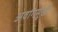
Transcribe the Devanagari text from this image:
अवांगमुखी